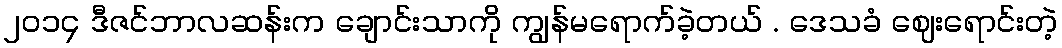
၂၀၁၄ ဒီဇင်ဘာလဆန်းက ချောင်းသာကို ကျွန်မရောက်ခဲ့တယ် . ဒေသခံ ဈေးရောင်းတဲ့